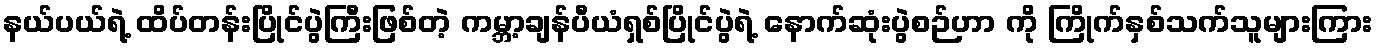
နယ်ပယ်ရဲ့ ထိပ်တန်းပြိုင်ပွဲကြီးဖြစ်တဲ့ ကမ္ဘာ့ချန်ပီယံရှစ်ပြိုင်ပွဲရဲ့ နောက်ဆုံးပွဲစဉ်ဟာ ကို ကြိုက်နှစ်သက်သူများကြား